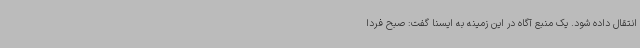
انتقال داده شود. یک منبع آگاه در این زمینه به ایسنا گفت: صبح فردا